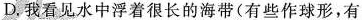
D. 我看见水中浮着很长的海带(有些作球形，有